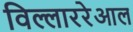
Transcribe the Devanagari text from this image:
विल्लाररेआल